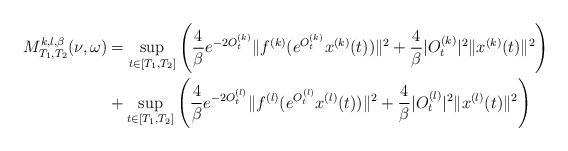
LaTeX: \begin{align*}M_{T_1,T_2}^{k,l,\beta }(\nu ,\omega )& =\sup\limits_{t\in [T_1,T_2]}\Bigg(\frac 4\beta e^{-2O_t^{(k)}}\|f^{(k)}(e^{O_t^{(k)}}x^{(k)}(t))\|^2+\frac 4\beta |O_t^{(k)}|^2\|x^{(k)}(t)\|^2\Bigg) \\& +\sup\limits_{t\in [T_1,T_2]}\Bigg(\frac 4\beta e^{-2O_t^{(l)}}\|f^{(l)}(e^{O_t^{(l)}}x^{(l)}(t))\|^2+\frac 4\beta|O_t^{(l)}|^2\|x^{(l)}(t)\|^2\Bigg)\end{align*}